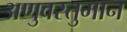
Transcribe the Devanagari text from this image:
अणुवस्तुमान